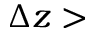
\Delta z >